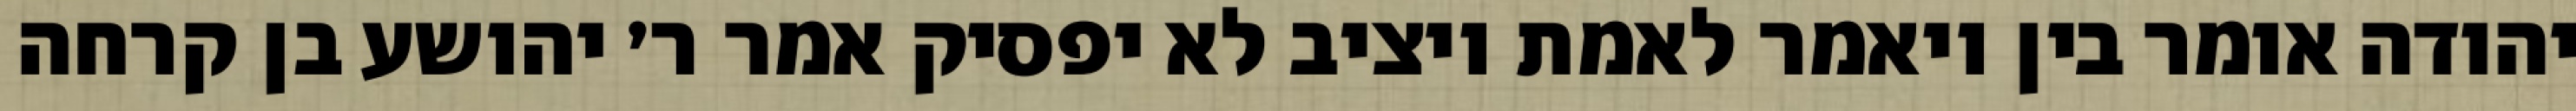
יהודה אומר בין ויאמר לאמת ויציב לא יפסיק אמר ר׳ יהושע בן קרחה